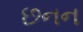
છનન